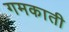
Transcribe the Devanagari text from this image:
गमकाती